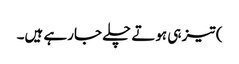
) تیز ہی ہوتے چلے جارہے ہیں۔